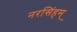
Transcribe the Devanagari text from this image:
नरसिंहम्